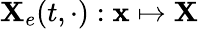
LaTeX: {\mathbf X}_{e}(t,\cdot):{\mathbf x}\mapsto{\mathbf X}